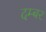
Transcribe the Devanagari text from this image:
दम्बर